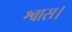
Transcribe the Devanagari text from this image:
श्वास।